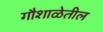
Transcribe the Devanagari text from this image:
गौशाळेतील